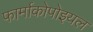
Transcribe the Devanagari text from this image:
फार्माकोपोइयल